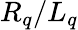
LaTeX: R_{q}/L_{q}